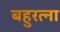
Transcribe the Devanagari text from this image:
बहुरत्ना